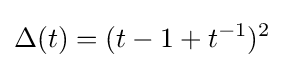
\Delta (t)=(t-1+t^{-1})^{2}